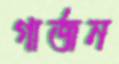
গার্জন